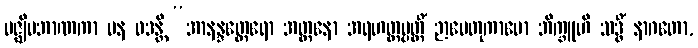
မဇ္ဈိမဘာဏကာ ပန ဝဒန္တိ “အာနန္ဒတ္ထေရော အတ္တနော အရဟတ္တပ္ပတ္တိံ ဉာပေတုကာမော ဘိက္ခူဟိ သဒ္ဓိံ နာဂတော,